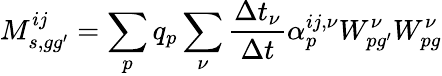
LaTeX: M_{s,gg^{\prime}}^{ij}=\sum_{p}q_{p}\sum_{\nu}\frac{\Delta t_{\nu}}{\Delta t}{\alpha}_{p}^{ij,\nu}W_{pg^{\prime}}^{\nu}W_{pg}^{\nu}